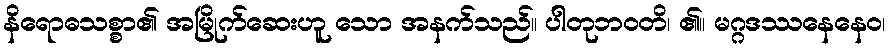
နိရောဓသစ္စာ၏ အမြိုက်ဆေးဟူ သော အနက်သည်။ ပါတုဘဝတိ၊ ၏။ မဂ္ဂဒဿနေနေဝ၊